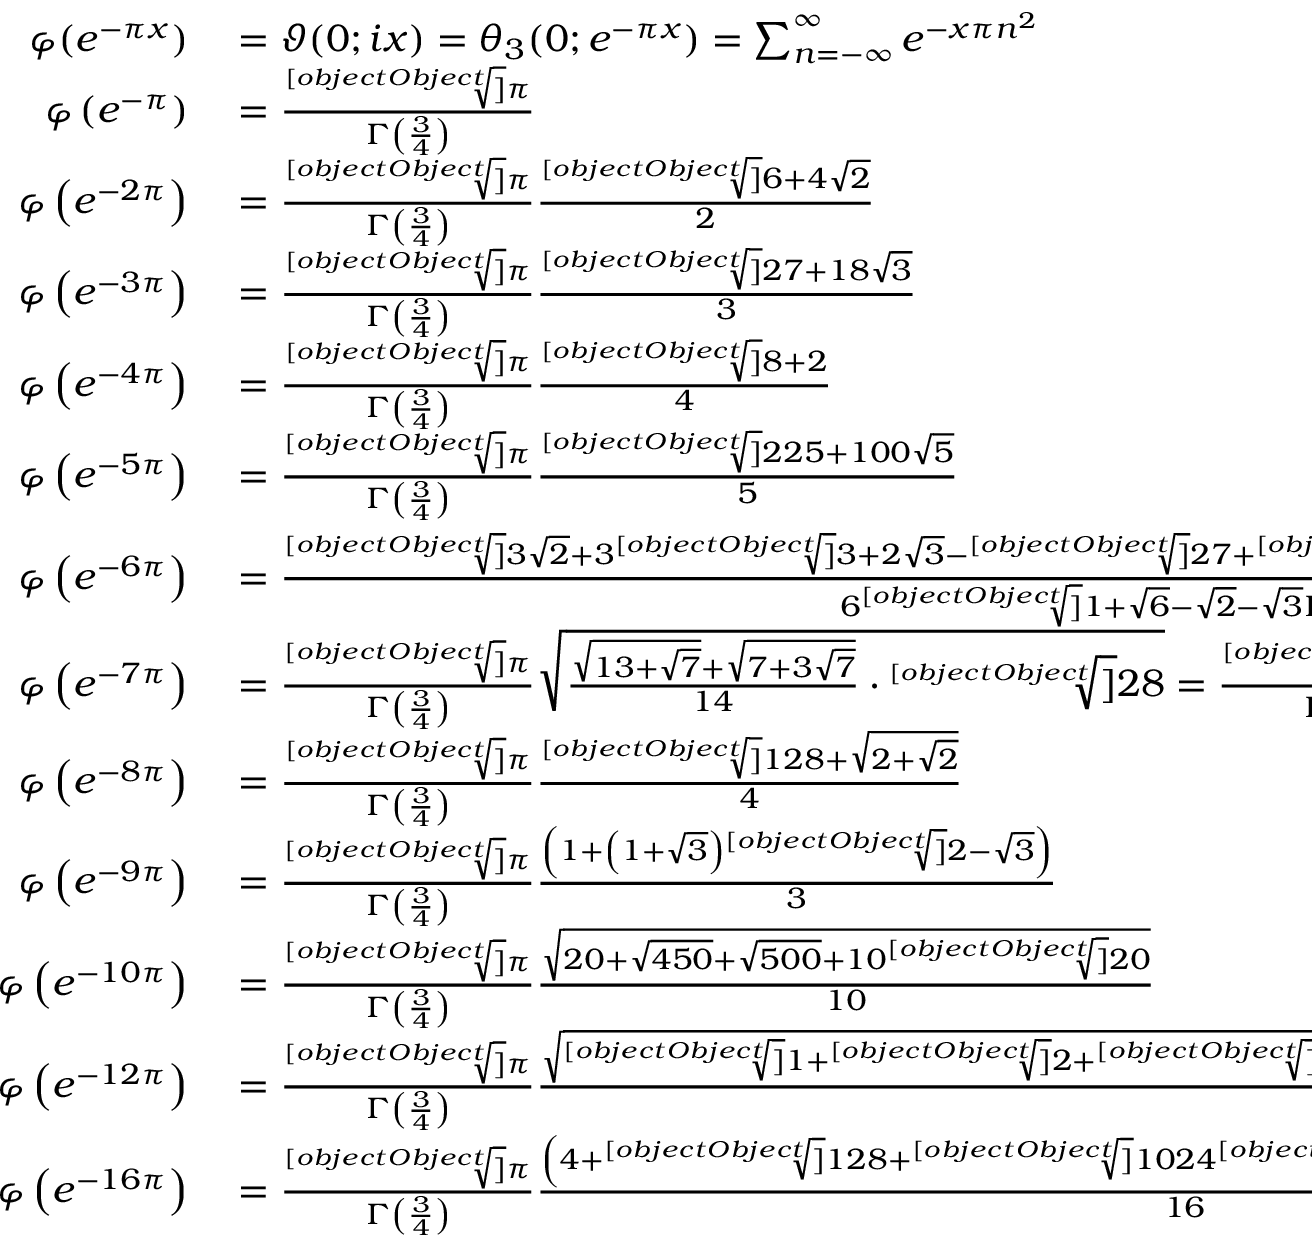
\begin{array} { r l } { \varphi ( e ^ { - \pi x } ) } & { { } = \vartheta ( 0 ; i x ) = \theta _ { 3 } ( 0 ; e ^ { - \pi x } ) = \sum _ { n = - \infty } ^ { \infty } e ^ { - x \pi n ^ { 2 } } } \\ { \varphi \left( e ^ { - \pi } \right) } & { { } = { \frac { \sqrt [ [object Object] ] { \pi } } { \Gamma \left( { \frac { 3 } { 4 } } \right) } } } \\ { \varphi \left( e ^ { - 2 \pi } \right) } & { { } = { \frac { \sqrt [ [object Object] ] { \pi } } { \Gamma \left( { \frac { 3 } { 4 } } \right) } } { \frac { \sqrt [ [object Object] ] { 6 + 4 { \sqrt { 2 } } } } { 2 } } } \\ { \varphi \left( e ^ { - 3 \pi } \right) } & { { } = { \frac { \sqrt [ [object Object] ] { \pi } } { \Gamma \left( { \frac { 3 } { 4 } } \right) } } { \frac { \sqrt [ [object Object] ] { 2 7 + 1 8 { \sqrt { 3 } } } } { 3 } } } \\ { \varphi \left( e ^ { - 4 \pi } \right) } & { { } = { \frac { \sqrt [ [object Object] ] { \pi } } { \Gamma \left( { \frac { 3 } { 4 } } \right) } } { \frac { { \sqrt [ [object Object] ] { 8 } } + 2 } { 4 } } } \\ { \varphi \left( e ^ { - 5 \pi } \right) } & { { } = { \frac { \sqrt [ [object Object] ] { \pi } } { \Gamma \left( { \frac { 3 } { 4 } } \right) } } { \frac { \sqrt [ [object Object] ] { 2 2 5 + 1 0 0 { \sqrt { 5 } } } } { 5 } } } \\ { \varphi \left( e ^ { - 6 \pi } \right) } & { { } = { \frac { { \sqrt [ [object Object] ] { 3 { \sqrt { 2 } } + 3 { \sqrt [ [object Object] ] { 3 } } + 2 { \sqrt { 3 } } - { \sqrt [ [object Object] ] { 2 7 } } + { \sqrt [ [object Object] ] { 1 7 2 8 } } - 4 } } \cdot { \sqrt [ [object Object] ] { 2 4 3 { \pi } ^ { 2 } } } } { 6 { \sqrt [ [object Object] ] { 1 + { \sqrt { 6 } } - { \sqrt { 2 } } - { \sqrt { 3 } } } } { \Gamma \left( { \frac { 3 } { 4 } } \right) } } } = { \frac { \sqrt [ [object Object] ] { \pi } } { \Gamma \left( { \frac { 3 } { 4 } } \right) } } { \frac { \sqrt { { \sqrt [ [object Object] ] { 1 } } + { \sqrt [ [object Object] ] { 3 } } + { \sqrt [ [object Object] ] { 4 } } + { \sqrt [ [object Object] ] { 9 } } } } { \sqrt [ [object Object] ] { 1 7 2 8 } } } } \\ { \varphi \left( e ^ { - 7 \pi } \right) } & { { } = { \frac { \sqrt [ [object Object] ] { \pi } } { \Gamma \left( { \frac { 3 } { 4 } } \right) } } { \sqrt { { \frac { { \sqrt { 1 3 + { \sqrt { 7 } } } } + { \sqrt { 7 + 3 { \sqrt { 7 } } } } } { 1 4 } } \cdot { \sqrt [ [object Object] ] { 2 8 } } } } = { \frac { \sqrt [ [object Object] ] { \pi } } { \Gamma \left( { \frac { 3 } { 4 } } \right) } } { \frac { \sqrt [ [object Object] ] { 7 + 4 { \sqrt { 7 } } + 5 { \sqrt [ [object Object] ] { 2 8 } } + { \sqrt [ [object Object] ] { 1 3 7 2 } } } } { \sqrt { 7 } } } } \\ { \varphi \left( e ^ { - 8 \pi } \right) } & { { } = { \frac { \sqrt [ [object Object] ] { \pi } } { \Gamma \left( { \frac { 3 } { 4 } } \right) } } { \frac { { \sqrt [ [object Object] ] { 1 2 8 } } + { \sqrt { 2 + { \sqrt { 2 } } } } } { 4 } } } \\ { \varphi \left( e ^ { - 9 \pi } \right) } & { { } = { \frac { \sqrt [ [object Object] ] { \pi } } { \Gamma \left( { \frac { 3 } { 4 } } \right) } } { \frac { \left( 1 + \left( 1 + { \sqrt { 3 } } \right) { \sqrt [ [object Object] ] { 2 - { \sqrt { 3 } } } } \right) } { 3 } } } \\ { \varphi \left( e ^ { - 1 0 \pi } \right) } & { { } = { \frac { \sqrt [ [object Object] ] { \pi } } { \Gamma \left( { \frac { 3 } { 4 } } \right) } } { \frac { \sqrt { 2 0 + { \sqrt { 4 5 0 } } + { \sqrt { 5 0 0 } } + 1 0 { \sqrt [ [object Object] ] { 2 0 } } } } { 1 0 } } } \\ { \varphi \left( e ^ { - 1 2 \pi } \right) } & { { } = { \frac { \sqrt [ [object Object] ] { \pi } } { \Gamma \left( { \frac { 3 } { 4 } } \right) } } { \frac { \sqrt { { \sqrt [ [object Object] ] { 1 } } + { \sqrt [ [object Object] ] { 2 } } + { \sqrt [ [object Object] ] { 3 } } + { \sqrt [ [object Object] ] { 4 } } + { \sqrt [ [object Object] ] { 9 } } + { \sqrt [ [object Object] ] { 1 8 } } + { \sqrt [ [object Object] ] { 2 4 } } } } { 2 { \sqrt [ [object Object] ] { 1 0 8 } } } } } \\ { \varphi \left( e ^ { - 1 6 \pi } \right) } & { { } = { \frac { \sqrt [ [object Object] ] { \pi } } { \Gamma \left( { \frac { 3 } { 4 } } \right) } } { \frac { \left( 4 + { \sqrt [ [object Object] ] { 1 2 8 } } + { \sqrt [ [object Object] ] { 1 0 2 4 { \sqrt [ [object Object] ] { 8 } } + 1 0 2 4 { \sqrt [ [object Object] ] { 2 } } } } \right) } { 1 6 } } } \end{array}